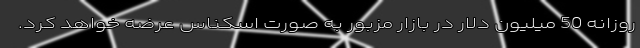
روزانه 50 میلیون دلار در بازار مزبور به صورت اسکناس عرضه خواهد کرد.